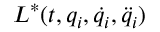
L ^ { * } ( t , q _ { i } , \dot { q } _ { i } , \ddot { q } _ { i } )